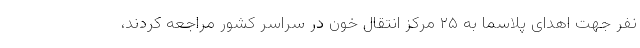
نفر جهت اهدای پلاسما به ۲۵ مرکز انتقال خون در سراسر کشور مراجعه کردند،